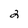
Character: 2